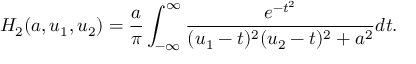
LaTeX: H _ { 2 } ( a , u _ { 1 } , u _ { 2 } ) = { \frac { a } { \pi } } \int _ { - \infty } ^ { \infty } { \frac { e ^ { - t ^ { 2 } } } { ( u _ { 1 } - t ) ^ { 2 } ( u _ { 2 } - t ) ^ { 2 } + a ^ { 2 } } } d t .